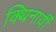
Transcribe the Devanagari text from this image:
क्थिनायीँ